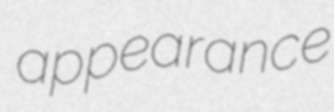
appearance